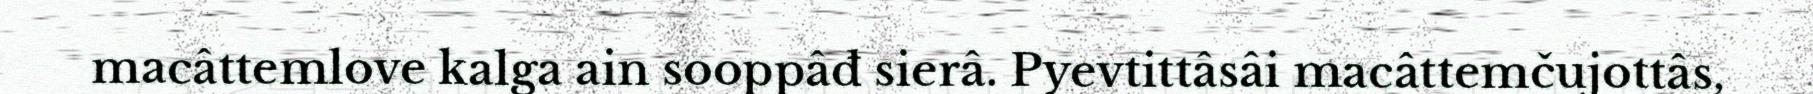
macâttemlove kalga ain sooppâđ sierâ. Pyevtittâsâi macâttemčujottâs,